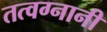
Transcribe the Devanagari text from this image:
तत्वग्नानी